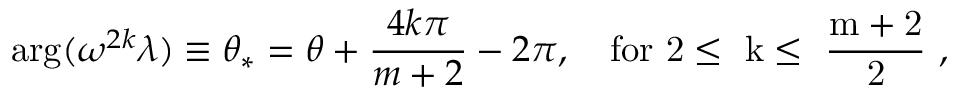
\arg ( \omega ^ { 2 k } \lambda ) \equiv \theta _ { * } = \theta + \frac { 4 k \pi } { m + 2 } - 2 \pi , \quad \mathrm { f o r ~ 2 \leq ~ k \leq ~ \frac { m + 2 } { 2 } ~ } ,